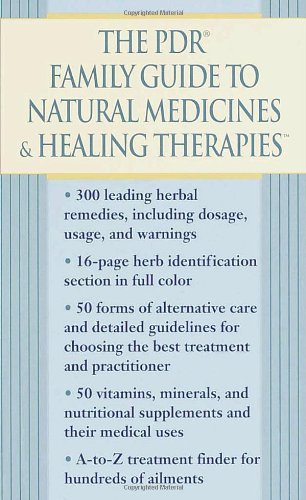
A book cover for The PDR Family Guide to Natural Medicines & Healing Therapies (Pdr Family Guide to Natural Medicines and Healing Therapies); Physicians' Desk Reference; Health, Fitness & Dieting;